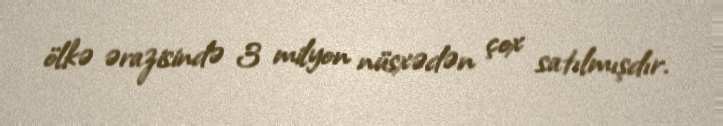
ölkə ərazisində 3 milyon nüsxədən çox satılmışdır.